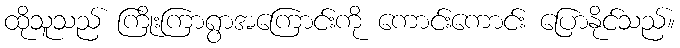
ထိုသူသည် ကြိုးကြာရွာအကြောင်းကို ကောင်းကောင်း ပြောနိုင်သည်။